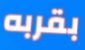
بقربه